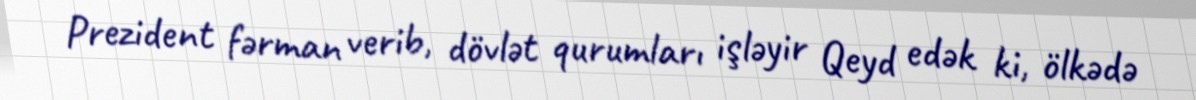
Prezident fərman verib, dövlət qurumları işləyir Qeyd edək ki, ölkədə